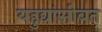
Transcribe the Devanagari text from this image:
यहुद्यांसोबत